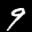
Label: 9